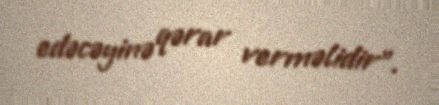
edəcəyinə qərar verməlidir”.